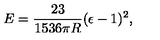
E = { \frac { 2 3 } { 1 5 3 6 \pi R } } ( \epsilon - 1 ) ^ { 2 } ,